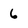
Character: 6